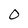
Character: 0